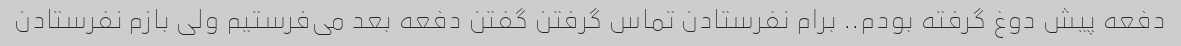
دفعه پیش دوغ گرفته بودم.. برام نفرستادن تماس گرفتن گفتن دفعه بعد می‌فرستیم ولی بازم نفرستادن